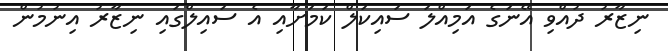
ނިޒާރު ދުއްވި އޭނަގެ އަމިއްލަ ސައިކަލް ކަމަށާއި އެ ސައިލްގައި ނިޒާރު އިނުމުން